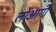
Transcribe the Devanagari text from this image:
लोआर्गी